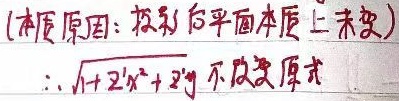
（本质原因：投影后平面本质上未变）$\therefore\sqrt{1 + z_{x}'^{2}+z_{y}'^{2}}$ 不改变原式。